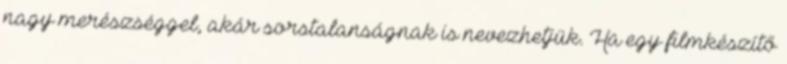
nagy merészséggel, akár sorstalanságnak is nevezhetjük. Ha egy filmkészítő